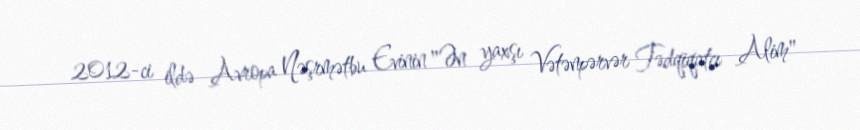
2012-ci ildə Avropa Nəşrmətbu Evinin "Ən yaxşı Vətənpərvər Tədqiqatçı Alim"